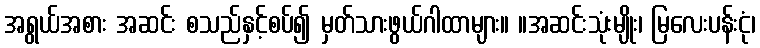
အရွယ်အစား အဆင်း စသည်နှင့်စပ်၍ မှတ်သားဖွယ်ဂါထာများ။ ။အဆင်းသုံးမျိုး၊ မြလေးပန်းငုံ၊